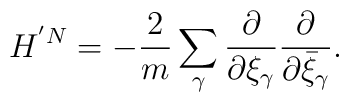
H^{'N}= -\frac{2}{m}\sum_{\gamma}\frac{\partial}{\partial \xi_{\gamma}}\frac{\partial}{\partial \bar{\xi}_{\gamma}}.